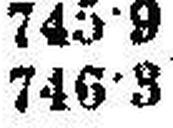
746·3